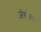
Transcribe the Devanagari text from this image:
ज़ेरॉक्स